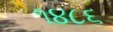
૧૪૮૬